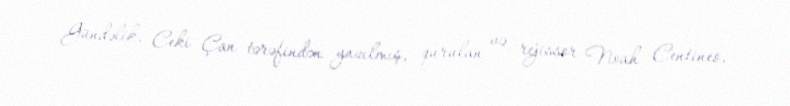
Gündəlik, Ceki Çan tərəfindən yazılmış, qurulan və rejissor Noah Centineo,